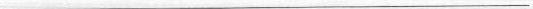
___